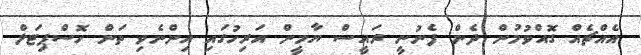
އެއްޗެއް ގޮއްވުމުން ދެން ފެނުނީ ރައީސް ޔާމީން އަރިހުގައި އިންނެވި ތަަން ހޮސްޕިޓަލް